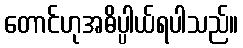
တောင်ဟုအဓိပ္ပါယ်ရပါသည်။